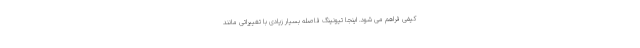
کیفی فراهم می شود. اینجا تیونینگ فاصله بسیار زیادی با تغییراتی مانند